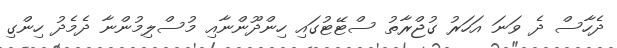
ދެހާސް ދެ ވަނަ އަހަރު ގުޖްރާތު ސްޓޭޓުގައި ހިންދޫންނާއި މުސްލިމުންނާ ދެމެދު ހިންގި